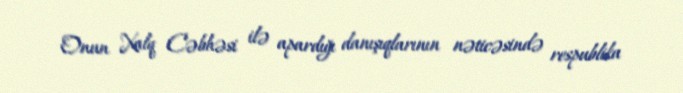
Onun Xalq Cəbhəsi ilə apardığı danışıqlarının nəticəsində respublika